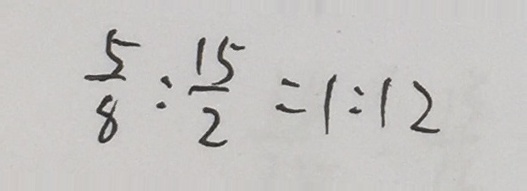
\frac { 5 } { 8 } : \frac { 1 5 } { 2 } = 1 : 1 2